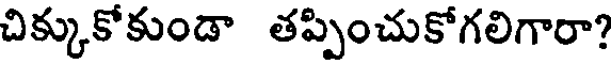
చిక్కుకోకుండా తప్పించుకోగలిగారా?